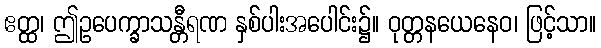
ဧတ္ထ၊ ဤဥပေက္ခာသန္တီရဏ နှစ်ပါးအပေါင်း၌။ ဝုတ္တနယေနေဝ၊ ဖြင့်သာ။